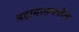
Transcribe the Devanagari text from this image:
बहामासमधील